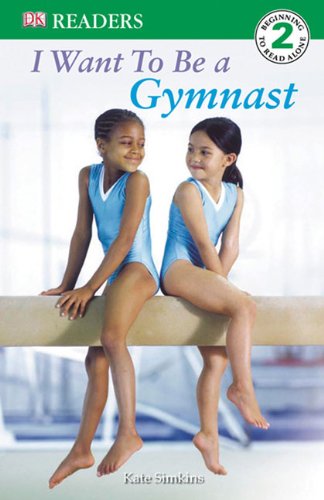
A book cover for I Want To Be A Gymnast (Turtleback School & Library Binding Edition) (DK Readers: Level 2); Kate Simkins; Children's Books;